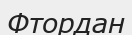
Фтордан